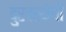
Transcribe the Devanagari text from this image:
दुरवस्थेची